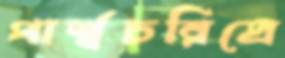
পার্শ্বচরিত্রে